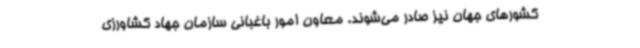
کشورهای جهان نیز صادر می‌شوند. معاون امور باغبانی سازمان جهاد کشاورزی